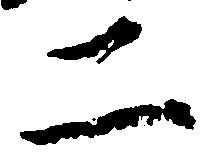
二